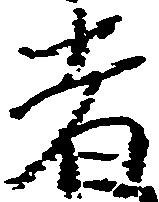
者